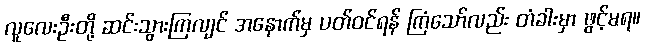
လူလေးဦးတို့ ဆင်းသွားကြလျင် အနောက်မှ ပတ်ဝင်ရန် ကြံသော်လည်း တံခါးမှာ ဖွင့်မရ။